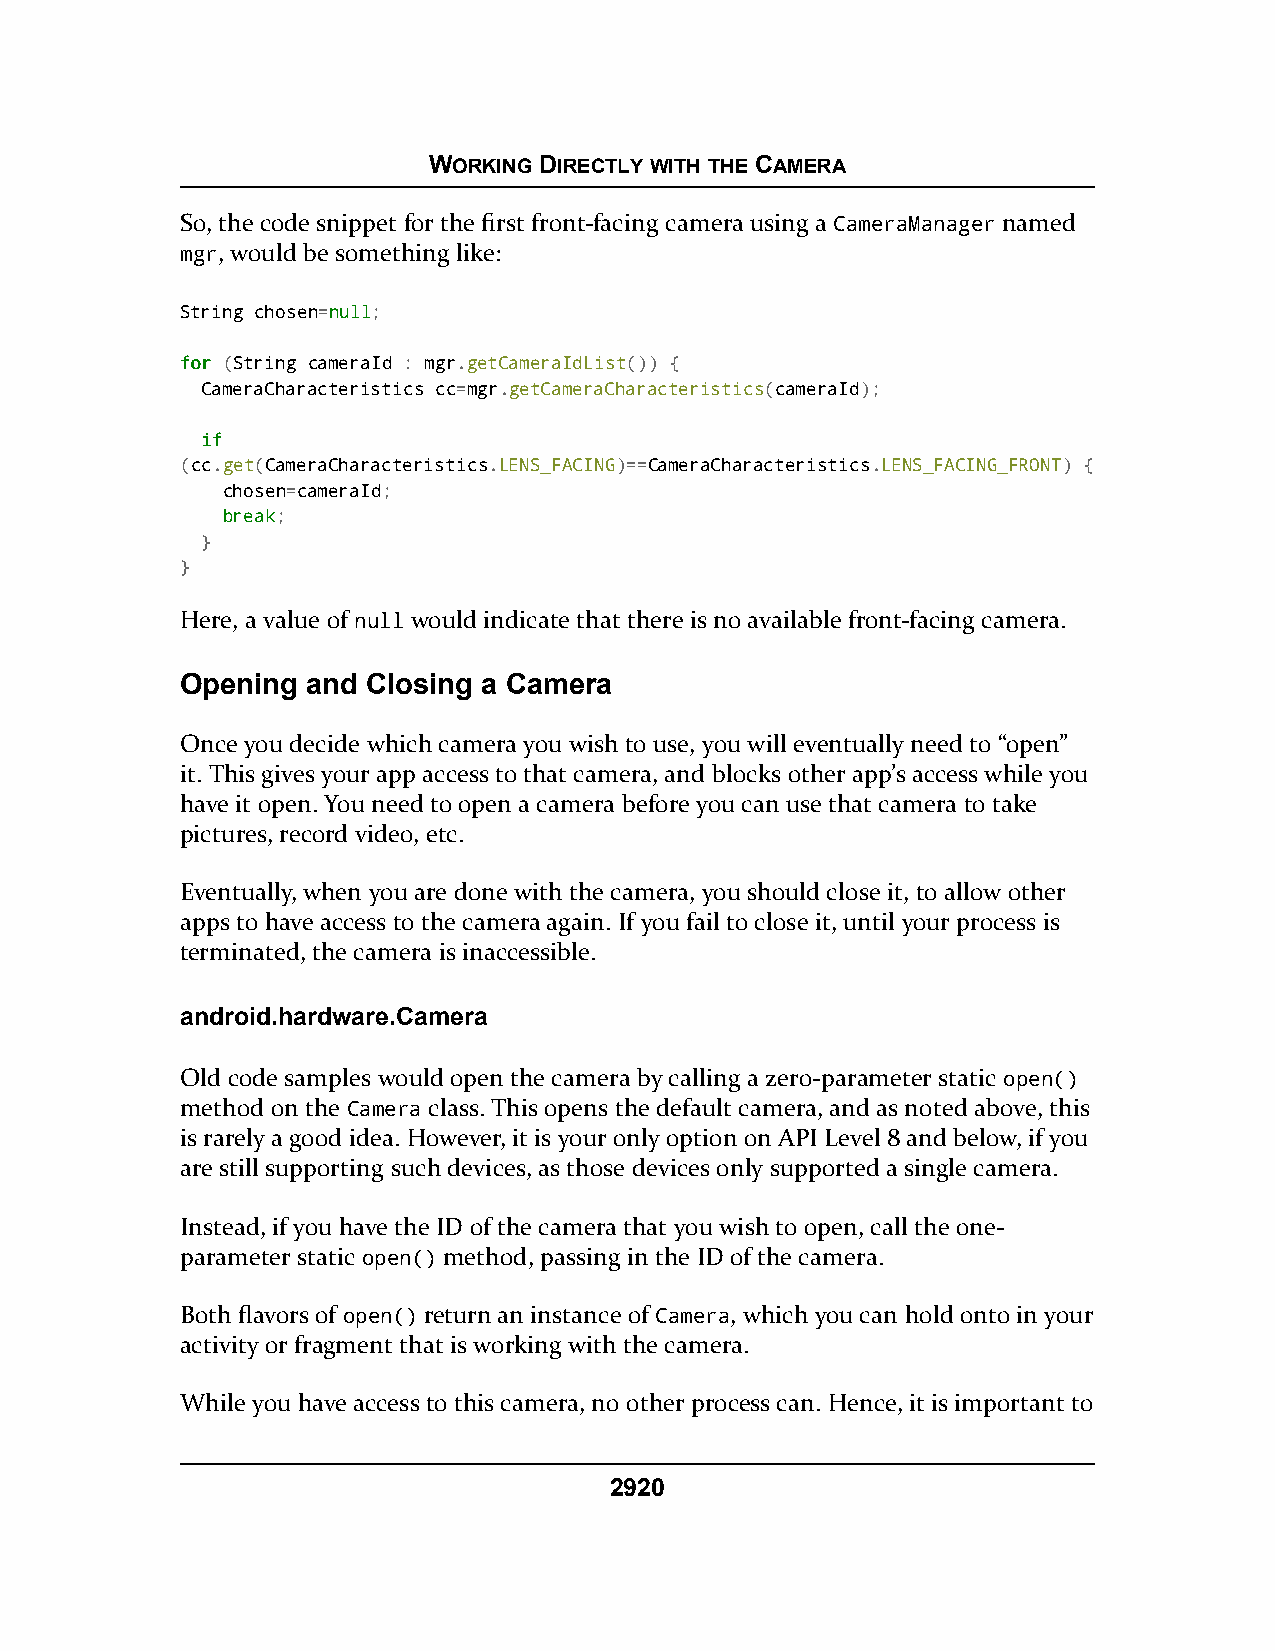
WORKING DIRECTLY WITH THE CAMERA
 So, the code snippet for the first front-facing camera using a CameraManager named
 mgr, would be something like:
 String chosen=nnuullll;
 ffoorr (String cameraId : mgr.getCameraIdList()) {
 CameraCharacteristics cc=mgr.getCameraCharacteristics(cameraId);
 iiff
 (cc.get(CameraCharacteristics.LENS_FACING)==CameraCharacteristics.LENS_FACING_FRONT) {
 chosen=cameraId;
 bbrreeaakk;
 }
 }
 Here, a value of null would indicate that there is no available front-facing camera.
 Opening and Closing a Camera
 Once you decide which camera you wish to use, you will eventually need to “open”
 it. This gives your app access to that camera, and blocks other app’s access while you
 have it open. You need to open a camera before you can use that camera to take
 pictures, record video, etc.
 Eventually, when you are done with the camera, you should close it, to allow other
 apps to have access to the camera again. If you fail to close it, until your process is
 terminated, the camera is inaccessible.
 android.hardware.Camera
 Old code samples would open the camera by calling a zero-parameter static open()
 method on the Camera class. This opens the default camera, and as noted above, this
 is rarely a good idea. However, it is your only option on API Level 8 and below, if you
 are still supporting such devices, as those devices only supported a single camera.
 Instead, if you have the ID of the camera that you wish to open, call the one-
 parameter static open() method, passing in the ID of the camera.
 Both flavors of open() return an instance of Camera, which you can hold onto in your
 activity or fragment that is working with the camera.
 While you have access to this camera, no other process can. Hence, it is important to
 2920